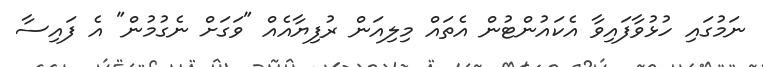
ނަމުގައި ހުޅުވާފައިވާ އެކައުންޓުން އެތައް މިލިއަން ރުފިޔާއެއް "ވަގަށް ނެގުމުން" އެ ފައިސާ